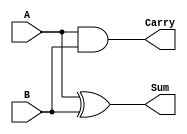
module HalfAdder (
    input wire A,      // First input bit
    input wire B,      // Second input bit
    output wire Sum,   // Sum output
    output wire Carry  // Carry output
);

// Assign the Sum and Carry outputs based on the logic operations
assign Sum = A ^ B;      // Sum is the XOR of A and B
assign Carry = A & B;    // Carry is the AND of A and B

endmodule